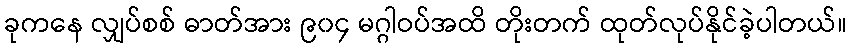
ခုကနေ လျှပ်စစ် ဓာတ်အား ၉၀၄ မဂ္ဂါဝပ်အထိ တိုးတက် ထုတ်လုပ်နိုင်ခဲ့ပါတယ်။